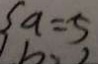
a = 5